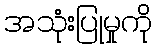
အသုံးပြုမှုကို